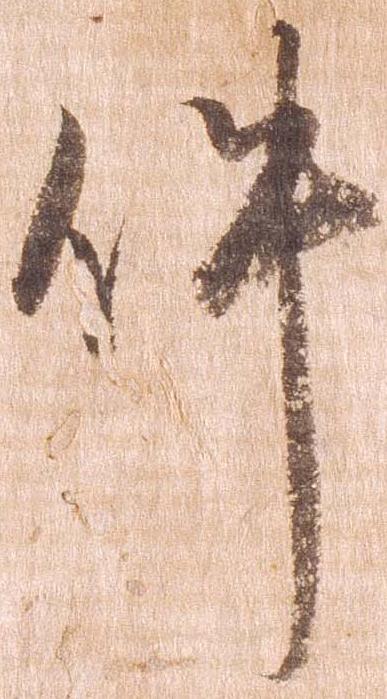
件